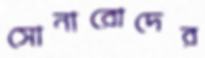
সোনারোদের